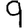
Digit: 9